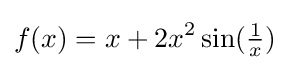
f(x)=x+2x^{2}\sin({\tfrac {1}{x}})